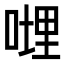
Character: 𠹺